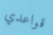
قواعدي